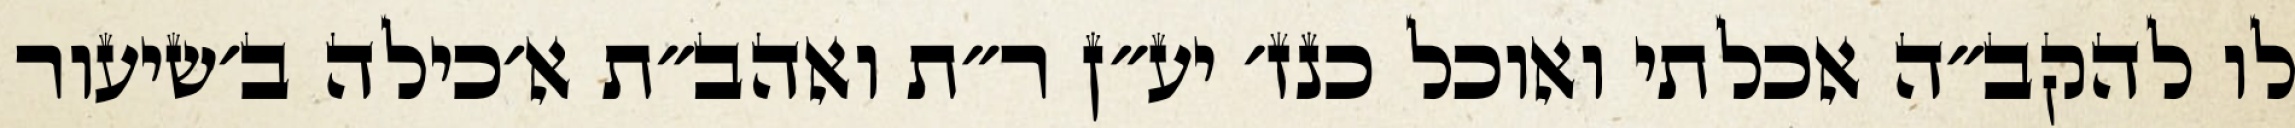
לו להקב״ה אכלתי ואוכל כנז׳ יע״ן ר״ת ואהב״ת א׳כילה ב׳שיעור